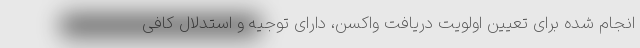
انجام شده برای تعیین اولویت دریافت واکسن، دارای توجیه و استدلال کافی